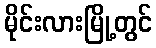
မိုင်းလားမြို့တွင်